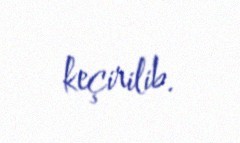
keçirilib.